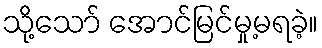
သို့သော် အောင်မြင်မှု့မရခဲ့။